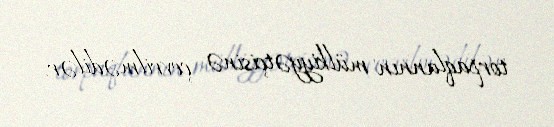
torpaqlannın mülkiyyətçisinə çevrilmədilər.